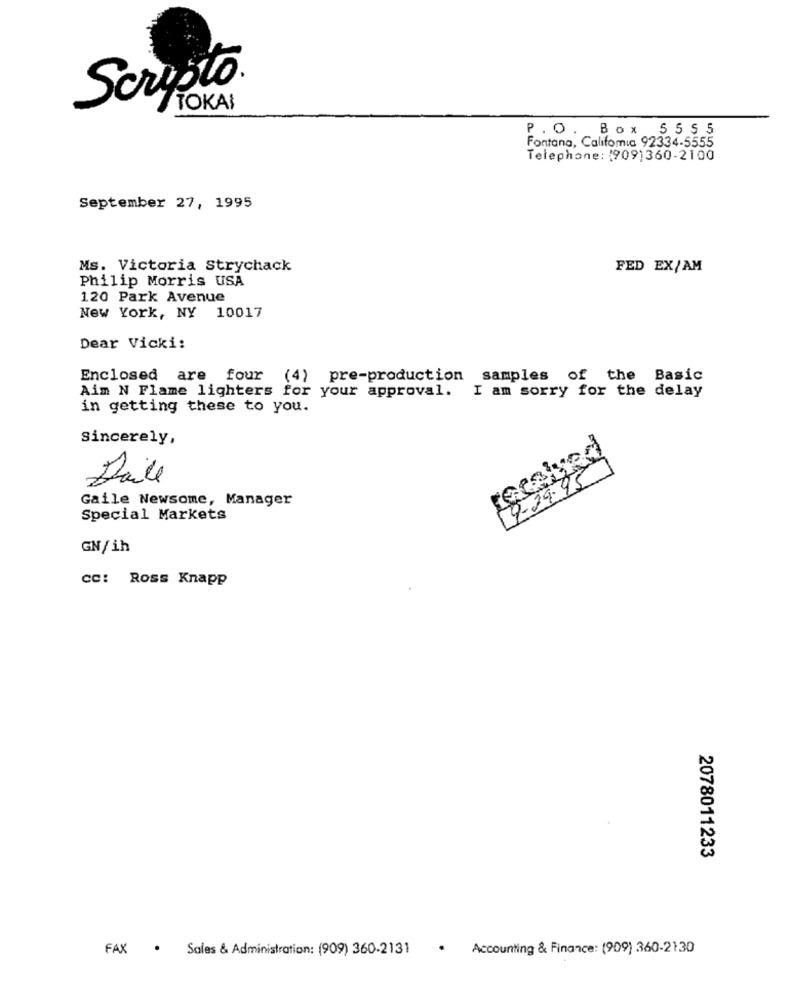
Scripto.
TOKAI
P. O. Box 5555
Fontana, Califomia 92334-5555
Telephone: (909)360-2100
September 27, 1995
Ms. Victoria Strychack
FED EX/AM
Philip Morris USA
120 Park Avenue
New York, NY 10017
Dear Vicki:
Enclosed are four (4) pre-production samples of the Basic
Aim N Flame lighters for your approval. I am sorry for the delay
in getting these to you.
Sincerely,
9-29.95
Daile
Gaile Newsome, Manager
Special Markets
GN/ih
cc: Ross Knapp
2078011233
FAX . Sales & Administration: (909) 360-2131
· Accounting & Finance: (909) 360-2130